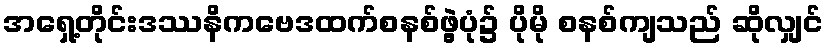
အရှေ့တိုင်းဒဿနိကဗေဒထက်စနစ်ဖွဲ့ပုံ၌ ပိုမို စနစ်ကျသည် ဆိုလျှင်